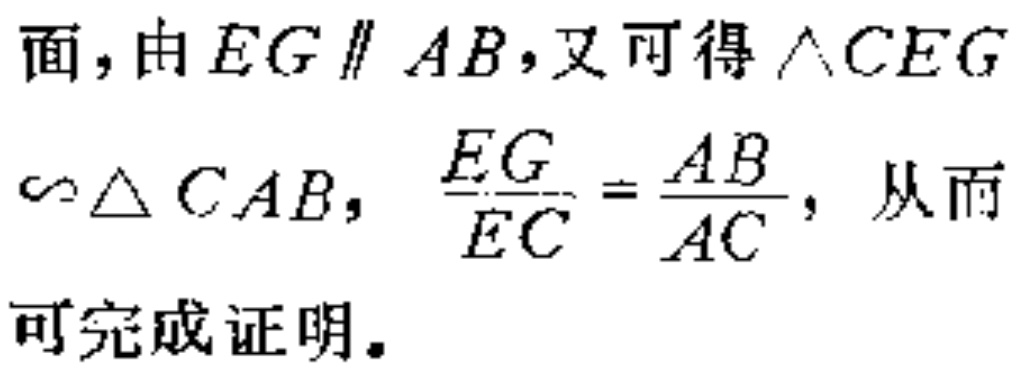
面, 由 \(EG\parallel AB\), 又可得 \(\triangle CEG\) \(\sim\triangle CAB\), \(\frac{EG}{EC}=\frac{AB}{AC}\), 从而可完成证明。